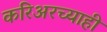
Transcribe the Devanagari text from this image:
करिअरच्याही